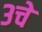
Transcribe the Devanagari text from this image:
३चे